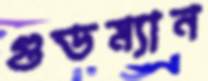
গুডম্যান